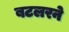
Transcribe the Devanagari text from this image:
बटलरने